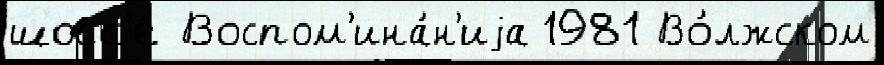
шосс'е́ Воспом'ина́н'иjа 1981 Во́лжском